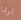
لوقا